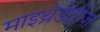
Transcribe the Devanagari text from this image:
माइथ्रेडेटीज